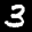
Digit: 3